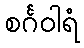
စင်္ဂဝါရံ